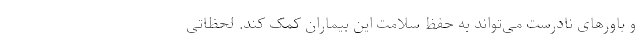
و باورهای نادرست می‌تواند به حفظ سلامت این بیماران کمک کند. لحظاتی